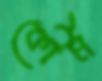
কৌর্ম